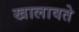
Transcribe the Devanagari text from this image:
खालावते